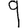
Digit: 9